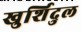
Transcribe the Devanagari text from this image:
खुर्शिदुल